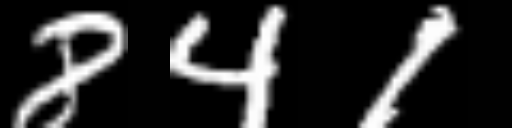
Text: 841